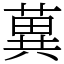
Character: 䔬